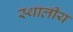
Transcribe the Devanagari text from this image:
स्थालीय